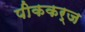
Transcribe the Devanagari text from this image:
पीककर्ज